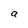
Character: a